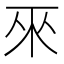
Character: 𱍕